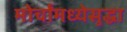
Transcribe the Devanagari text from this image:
मोर्चांमध्येसुद्धा